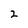
Character: 2